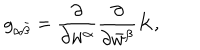
g _ { \alpha \bar { \beta } } = { \frac { \partial } { \partial w ^ { \alpha } } } { \frac { \partial } { \partial \bar { w } ^ { \beta } } } K ,